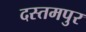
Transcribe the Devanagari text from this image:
दस्तमपुर